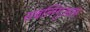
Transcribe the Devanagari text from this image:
सबलिंगुअल